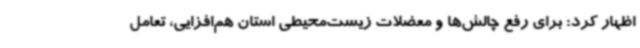
اظهار کرد: برای رفع چالش‌ها و معضلات زیست‌محیطی استان هم‌افزایی، تعامل